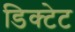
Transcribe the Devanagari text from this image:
डिक्टेट